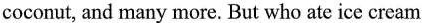
coconut, and many more. But who ate ice cream